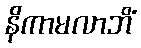
နိကာမလာဘိံ